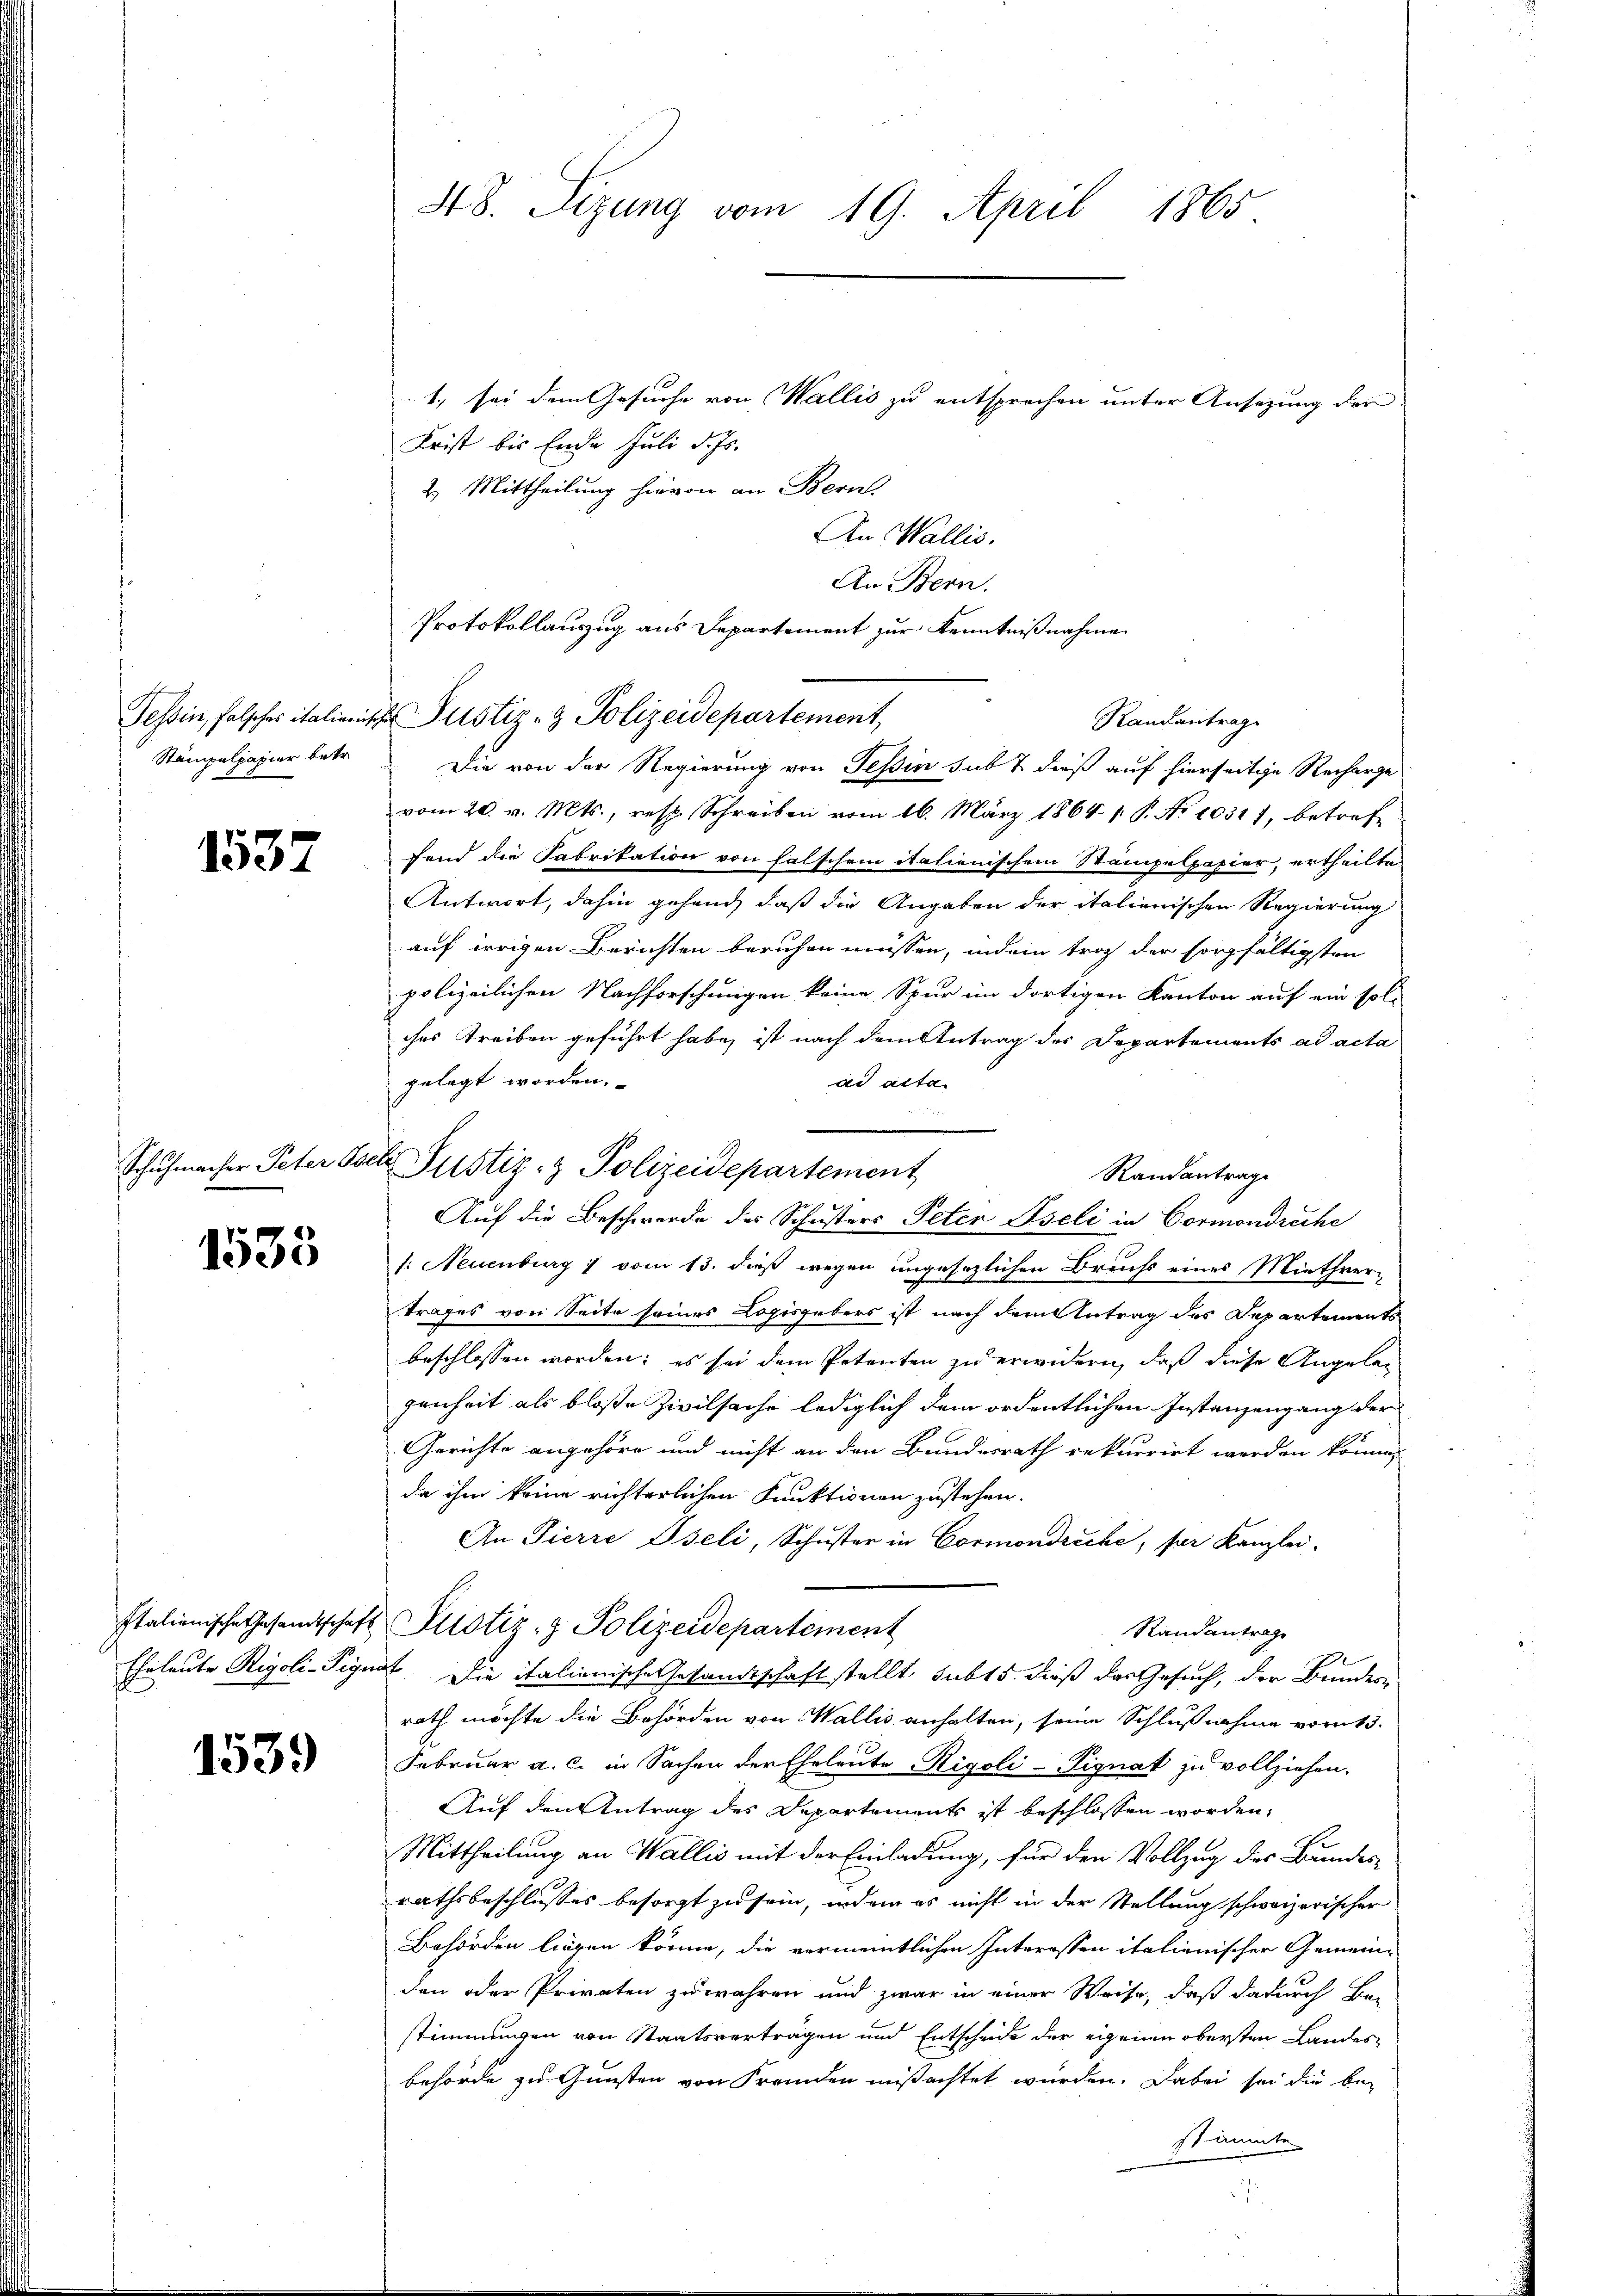
Stämpelpapier betr.

1537

1533

Eheleute Rigoli-Pey

1539

1., sei dem Gesuche von Wallis zu entsprechen unter Ansezung der
Frist bis Ende Juli d. Js.
2. Mittheilung hievon an Bern.
An Wallis.
An Bern.
Protokollauszug aus Departement zur Kenntnißnahme

48. Sizung vom 19. April 1865

Tessin, falsches italienische Justiz- & Polizeidepartement,

Schŭhmacher Peter Tsche Justiz- & Polizeidepartement

Die von der Regierung von Tessin sub 7 dieß auf hierseitige Recharge
vom 20. v. Mts., resp. Schreiben vom 16. März 1864 1. P. No 10317, betreffend die Fabrikation von falschem italienischem Stampelpapier, ertheilte
Antwort, dahin gehend, daß die Angaben der italienischen Regierung
auf irrigen Berichten beruhen müssen, indem trag der sorgfältigsten
polizeilichen Nachforschungen keine Spur im dortigen Kanton auf ein sol-
ches Treiben geführt habe, ist nach dem Antrag der Departements ad acta
gelegt worden.
ad acta.

Randantrage
Auf die Beschwerde des Schusters Peter Iseli in Cormondreche
1: Neuenburg 1 vom 13. dieß wegen ungesezlichen Bruchs eines Miethver-
trages von Seite seines Logisgebers ist nach dem Antrag des Departements
beschlossen worden; es sei dem Petenten zu erwidern, daß diese Angeleg
genheit als bloße Zivilsache lediglich dem ordentlichen Instanzengang der
Gerichte angehöre und nicht an den Bundesrath rekurrirt werden könne,
da ihm keine richterlichen Funktionen zustehen.
An Pierre Iseli, Schuster in Cormondreche, per Kanzlei.
Italienische Gesandtschaft Zustiz- & Polizeidepartement
Randantrage
mit. Die italienische Gesandtschaft stellt subt 5. dieß das Gesuch, der Bundes-
rath möchte die Behörden von Wallis anhalten, seine Schlußnahme vom 13.
Februar a. c. in Sachen der Eheleute Rigoli-Pignat zu vollziehen.
Auf den Antrag des Departements ist beschlossen worden,
Mittheilung an Wallis mit der Einladung, für den Vollzug des Bundes-
rathsbeschlußes besorgt zu sein, indem es nicht in der Stellung schweizerischer
Behörden liegen könne, die vermeintlichen Interessen italienischer Gemeinden oder Privaten zuwähren und zwar in einer Weise, daß dadurch Bestimmungen von Staatsvertragen und Entscheide der eigenen obersten Landesbehörde zu Gunsten von Fremden mißachtet wurden. Dabei sei die be-
ssäumte

Randantrag